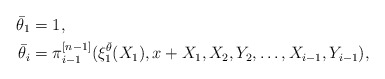
\begin{align*}\bar \theta_1&=1,\\\bar \theta_i&=\pi^{[n-1]}_{i-1}(\xi^{\bar \theta}_1(X_1),x+X_1,X_2,Y_2,\dots,X_{i-1},Y_{i-1}), \end{align*}